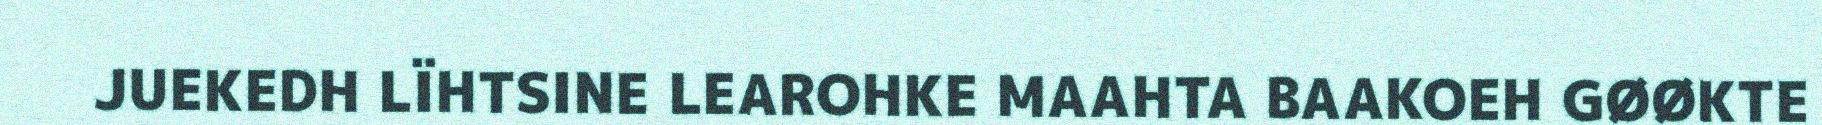
JUEKEDH LÏHTSINE LEAROHKE MAAHTA BAAKOEH GØØKTE